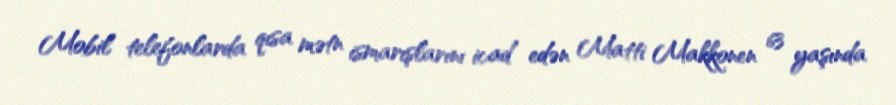
Mobil telefonlarda qısa mətn ismarışlarını icad edən Matti Makkonen 63 yaşında